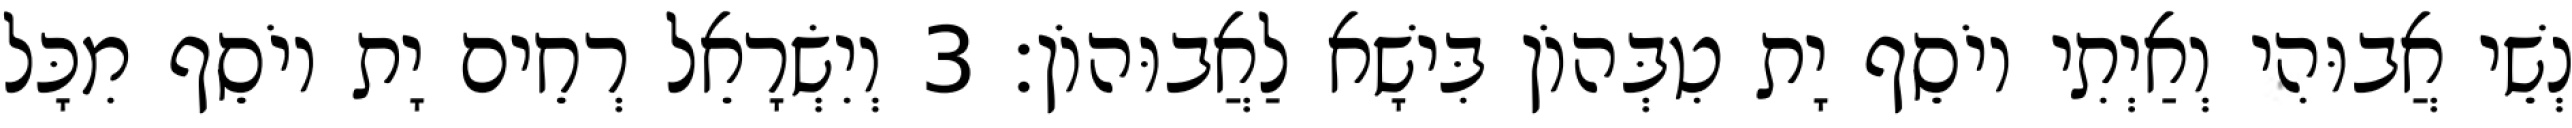
נְשֵׁי אֲבוּהִי וְאַיְתִי יוֹסֵף יָת טִבְּהוֹן בִּישָׁא לַאֲבוּהוֹן׃ 3 וְיִשְׂרָאֵל רְחֵים יָת יוֹסֵף מִכָּל